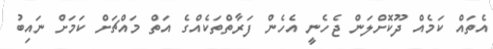
އެތައް ކަމެއް ދޫކޮށްލަން ޖެހެނީ އެހެން ފަރާތްތަކެއްގެ އަތް މައްޗަށް ކަމަށް ނައިބު